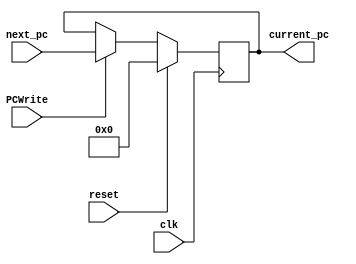
module PC(reset,       // input (Use reset to initialize PC. Initial value must be 0)
    clk,         // input
    next_pc,     // input
    current_pc,   // output
    PCWrite
  );
    input reset;
    input clk;
    input [31:0] next_pc;
    input PCWrite;
    output reg [31:0] current_pc;
    
    
    // Initialize register file (do not touch)
    always @(posedge clk) begin
    // Reset register file
        if (reset) begin
            current_pc <= 0;
        end
        else begin
            if(PCWrite == 1)
                
                current_pc <= next_pc;
//                $display("currentpc", current_pc);
        end
    end

  
endmodule

module CorrectedPC(
                    input [31:0] alu_result,
                    input [31:0] current_pc,
                    input [31:0] immediate,
                    input [31:0] ID_EX_predicted_pc,
                    input isJAL,
                    input isJALR,
                    input isBranch,
                    input bcond,
                    input is_stall,
                    output reg [31:0] corrected_pc
                    );
    
    always @(*) begin
        if(isJAL || isJALR) begin
            corrected_pc = alu_result;
        end
        else if(isBranch) begin
            if(bcond)
                corrected_pc = current_pc + immediate;
            else    
                corrected_pc = current_pc + 4;
        end
        else begin
            corrected_pc = 10'b0101010101; // for debug
        end
    end
    
endmodule